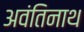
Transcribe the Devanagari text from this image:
अवंतिनाथ